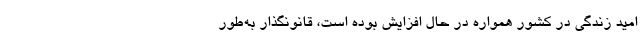
امید زندگی در کشور همواره در حال افزایش بوده است، قانونگذار به‌طور